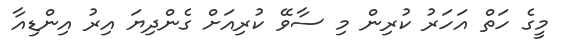
މީގެ ހަތް އަހަރު ކުރިން މި ސާވޭ ކުރިއަށް ގެންދިޔަ އިރު އިންޑިއާ